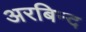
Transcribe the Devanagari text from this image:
अरबिन्द